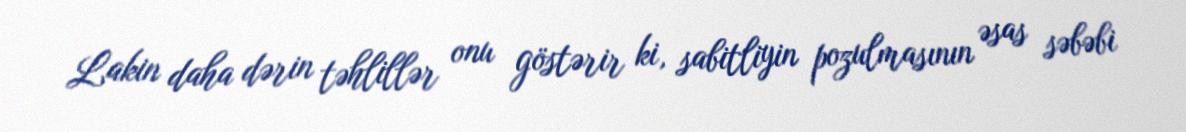
Lakin daha dərin təhlillər onu göstərir ki, sabitliyin pozulmasının əsas səbəbi